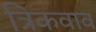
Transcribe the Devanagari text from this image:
त्रिकवाव